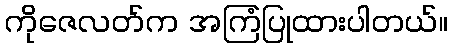
ကိုဇေလတ်က အကြံပြုထားပါတယ်။